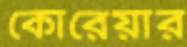
কোরেয়ার